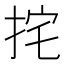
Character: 挓